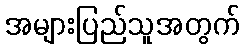
အများပြည်သူအတွက်